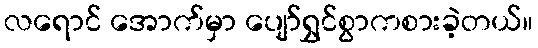
လရောင် အောက်မှာ ပျော်ရွှင်စွာကစားခဲ့တယ်။